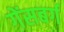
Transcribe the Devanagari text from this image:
गेंसबर्ग